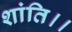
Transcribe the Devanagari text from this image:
शांति।।